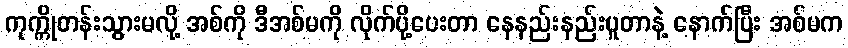
ကုက္ကိုတန်းသွားမလို့ အစ်ကို ဒီအစ်မကို လိုက်ပို့ပေးတာ နေနည်းနည်းပူတာနဲ့ နောက်ပြီး အစ်မက